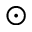
\odot